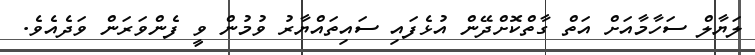
ލަޔާލް ސަހާމާއަށް އަތް ގާތްކޮށްދޭން އުޅެފައި ސައިތައްޔާރު ވުމުން ވީ ފެންވަރަން ވަދެއެވެ.